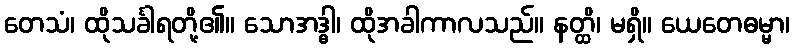
တေသံ၊ ထိုသင်္ခါရတို့၏။ သောအဒ္ဓါ၊ ထိုအခါကာလသည်။ နတ္ထိ၊ မရှိ။ ယေတေဓမ္မာ၊